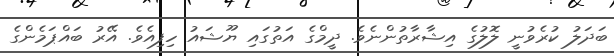
ބަދަލު ކުރެވުނީ ލޮލުގެ އިޝާރާތުންނެވެ. ދީމްގެ އަތުގައި ޔޫޝައު ހިފިއެވެ. އޭރު ބައްޕަމެންގެ